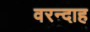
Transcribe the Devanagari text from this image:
वरन्दाह